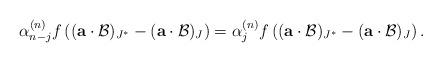
LaTeX: \begin{align*} \alpha_{n-j}^{(n)} f \left( ( \mathbf{a} \cdot \mathcal{B})_{J^{*}} - ( \mathbf{a} \cdot \mathcal{B})_{J} \right) = \alpha_{j}^{(n)} f \left( ( \mathbf{a} \cdot \mathcal{B})_{J^{*}} - ( \mathbf{a} \cdot \mathcal{B})_{J} \right). \end{align*}